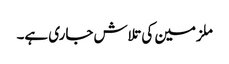
ملزمین کی تلاش جاری ہے۔